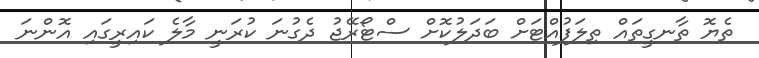
ތެޔޮ ތާނގީތައް ތިލަފުއްޓަށް ބަދަލުކޮށް ސްޓޯރޭޖު ދެގުނަ ކުރަނީ މާލެ ކައިރީގައި އޮންނަ